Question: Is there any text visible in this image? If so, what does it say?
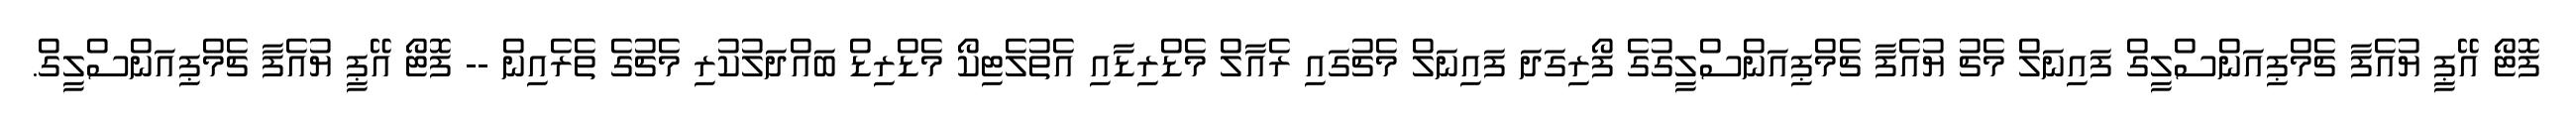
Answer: ފޮޓޯ އޭޕީ ޔުއެފާ ޗެމްޕިއަންސްލީގް ފައިނަލް މެޗު ޔުއެފާ ޗެމްޕިއަންސްލީގުގެ ފޯރިގަދަ ފައިނަލް މެޗުގައި ރެއާލް މެޑްރިޑާއި އެތުލެޓިކޯ މެޑްރިޑް ބައްދަލުކުރި މެޗުގެ ތެރެއިން -- ފޮޓޯ އޭޕީ ޔުއެފާ ޗެމްޕިއަންސްލީގް.